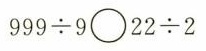
$$9 9 9 \div 9 \circ 2 2 \div 2$$